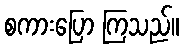
စကားပြော ကြသည်။